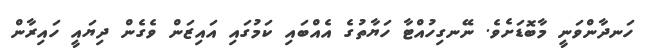
ހަނދާންވަނީ މާބޮޑަށެވެ. ނޭނގިހުއްޓާ ހަޔާތުގެ އެއްބައި ކަމުގައި އައިޒަން ވެގެން ދިޔައީ ހައިރާން